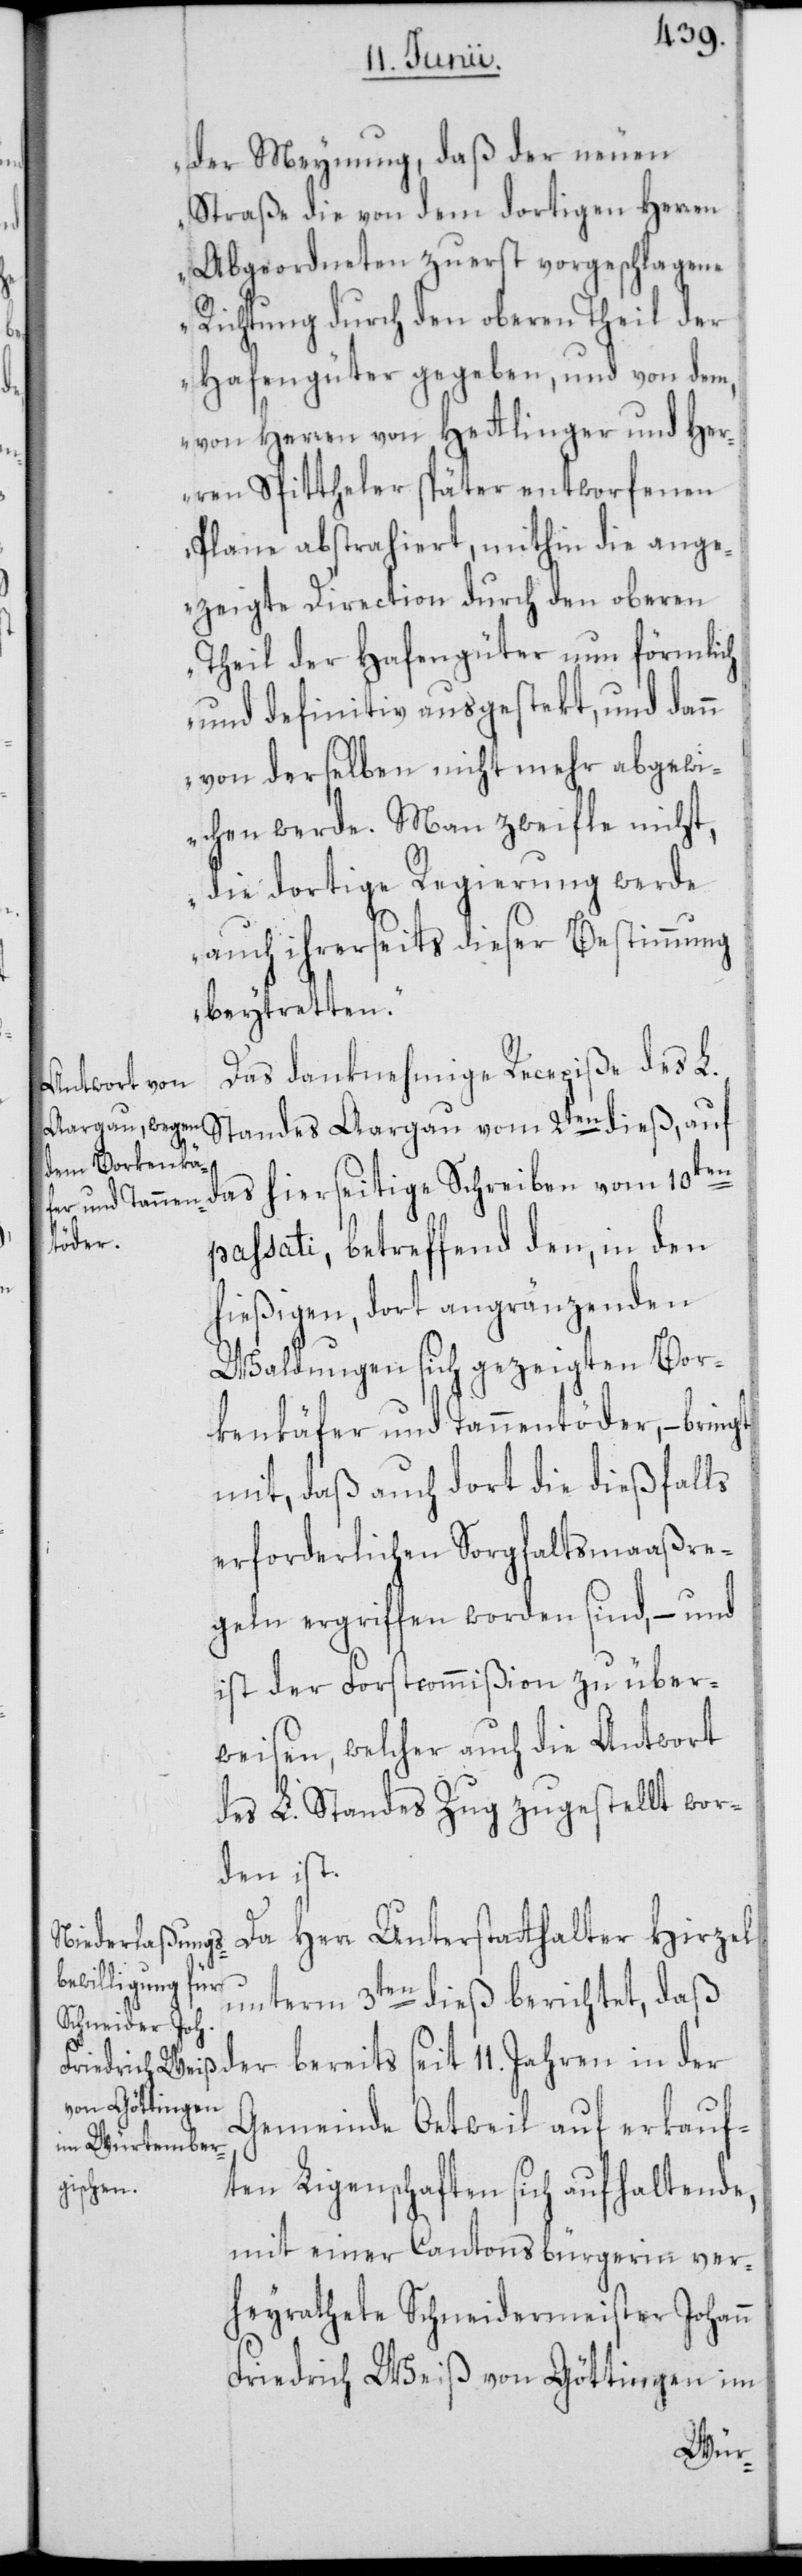
der Meynung, daß der neuen
Straße die von dem dortigen Herren
Abgeordneten zuerst vorgeschlagene
Richtung durch den oberen Theil der
Hafengüter gegeben, und von dem,
von Herren von Hettlinger und Her¬
ren Spittheler später entworfenen
Plane abstrahiert, mithin die ange¬
zeigte Direction durch den oberen
Theil der Hafengüter nun förmlich
und definitiv ausgestekt, und dann
von derselben nicht mehr abgewi¬
chen werde. Man zweifle nicht,
die dortige Regierung werde
auch ihrerseits dieser Bestimmung
beytretten.“
Das danknehmige Recepiße des L.
das hierseitige Schreiben vom 10ten
passati, betreffend den, in den
hießigen, dort angränzenden
Waldungen sich gezeigten Bor¬
kenkäfer und Tannentöder, – brin¬
mit, daß auch dort die dießfalls
erforderlichen Sorgfaltsmaaßre¬
geln ergriffen worden sind, – und
ist der Forstcommißion zu über¬
weisen, welcher auch die Antwort
des L. Standes Zug zugestellt wor¬
den ist.
Da Herr Unterstatthalter Hirzel
gt
unterm 3ten dieß berichtet, daß
der bereits seit 11. Jahren in der
Gemeinde Oetweil auf erkauf¬
ten Ligenschaften sich aufhaltende,
mit einer Cantonsbürgerin ver¬
heyrathete Schneidermeister Johann
Friedrich Weiß von Göttingen im